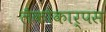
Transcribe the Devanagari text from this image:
लैकोकार्पस